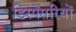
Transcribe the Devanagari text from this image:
डिस्पेंसरियों